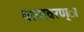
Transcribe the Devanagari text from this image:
वातावरण्ा